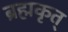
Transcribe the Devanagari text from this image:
ब्रह्मकृत्